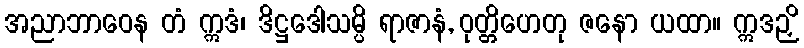
အညာဘာဝေန တံ ဣဒံ၊ ဒိဋ္ဌဒေါသမ္ပိ ရာဇာနံ, ဝုတ္တိဟေတု ဇနော ယထာ။ ဣဒဉှိ